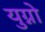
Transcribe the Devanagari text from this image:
युग्नो